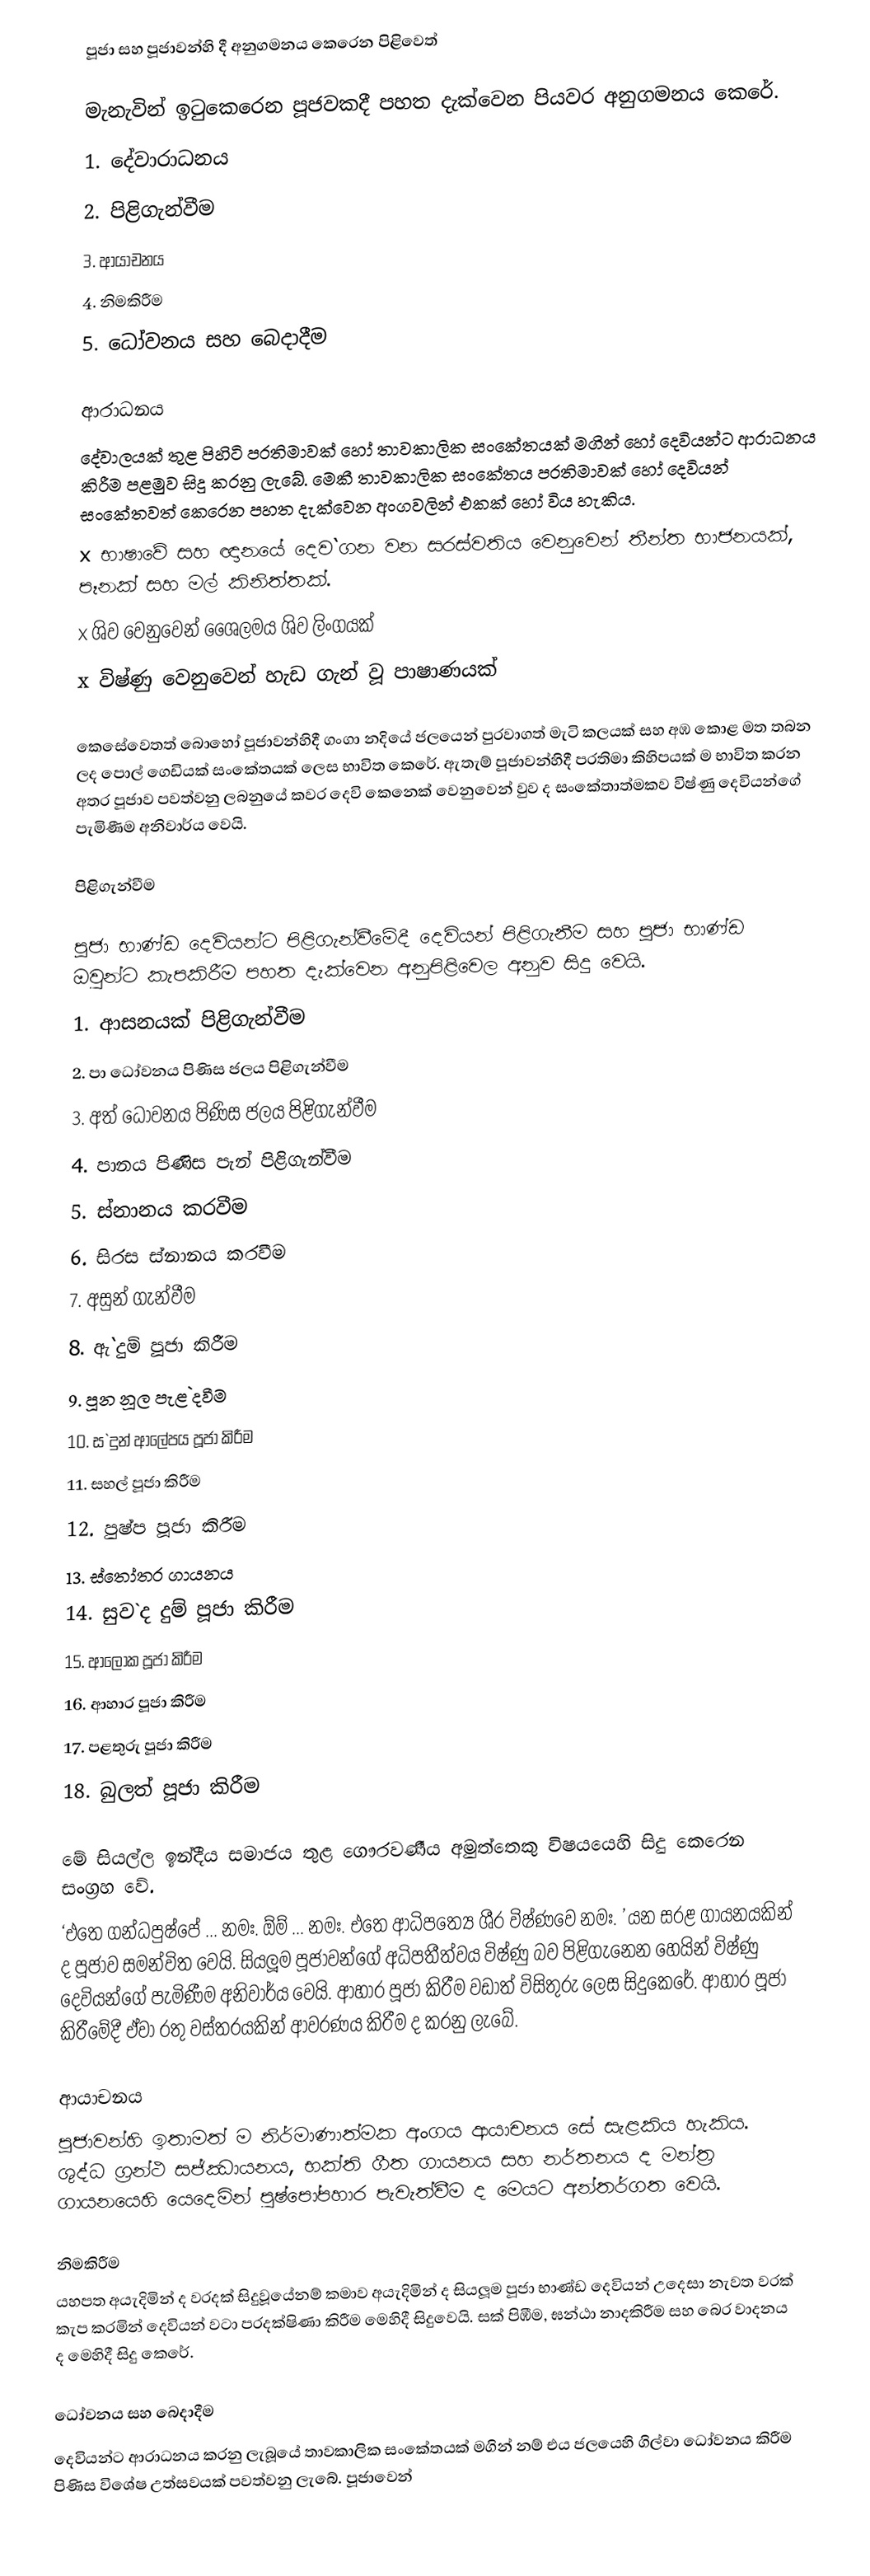
පූජා සහ පූජාවන්හි දී අනුගමනය කෙරෙන පිළිවෙත්

මැනැවින් ඉටුකෙරෙන පූජවකදී පහත දැක්වෙන පියවර අනුගමනය කෙරේ.
  1. දේවාරාධනය
  2. පිළිගැන්වීම
  3. ආයාචනය
  4. නිමකිරීම
  5. ධෝවනය සහ බෙදාදීම

ආරාධනය
දේවාලයක් තුළ පිහිටි  ප‍්‍රතිමාවක් හෝ තාවකාලික සංකේතයක් මගින් හෝ දෙවියන්ට ආරාධනය කිරීම පළමුව සිදු කරනු ලැබේ. මෙකී තාවකාලික සංකේතය ප‍්‍රතිමාවක් හෝ දෙවියන් සංකේතවත් කෙරෙන පහත දැක්වෙන අංගවලින් එකක් හෝ විය හැකිය.
x	භාෂාවේ සහ ඥානයේ දෙව`ගන වන සරස්වතිය වෙනුවෙන් තීන්ත භාජනයක්, පෑනක් සහ මල් කිනිත්තක්.
x	ශිව වෙනුවෙන් ශෛලමය ශිව ලිංගයක්
x	විෂ්ණු වෙනුවෙන් හැඩ ගැන් වූ පාෂාණයක්

කෙසේවෙතත් බොහෝ පූජාවන්හිදී ගංගා නදියේ ජලයෙන් පුරවාගත් මැටි කලයක් සහ අඹ කොළ මත තබන ලද පොල් ගෙඩියක් සංකේතයක් ලෙස භාවිත කෙරේ. ඇතැම් පූජාවන්හිදී ප‍්‍රතිමා කිහිපයක් ම භාවිත කරන අතර පූජාව පවත්වනු ලබනුයේ කවර දෙවි කෙනෙක් වෙනුවෙන් වුව ද සංකේතාත්මකව විෂ්ණු දෙවියන්ගේ පැමිණීම අනිවාර්ය වෙයි.

පිළිගැන්වීම

පූජා භාණ්ඩ දෙවියන්ට පිළිගැන්වීමේදී දෙවියන් පිළිගැනීම සහ පූජා භාණ්ඩ ඔවුන්ට කැපකිරීම පහත දැක්වෙන අනුපිළිවෙල අනුව සිදු වෙයි.
  1.  ආසනයක් පිළිගැන්වීම
  2.  පා ධෝවනය පිණිස ජලය පිළිගැන්වීම
  3.  අත් ධෝවනය පිණිස ජලය පිළිගැන්වීම
  4.  පානය පිණිස පැන් පිළිගැන්වීම
  5.  ස්නානය කරවීම
  6.  සිරස ස්නානය කරවීම
  7.  අසුන් ගැන්වීම
  8.  ඇ`දුම් පූජා කිරීම
  9.  පූන නූල පැළ`දවීම
  10. ස`දුන් ආලේපය පූජා කිරීම
  11. සහල් පූජා කිරීම
  12. පුෂ්ප  පූජා කිරීම
  13. ස්තෝත‍්‍ර ගායනය
  14. සුව`ද දුම් පූජා කිරීම
  15. ආලෝක පූජා කිරීම
  16. ආහාර පූජා කිරීම
  17. පළතුරු පූජා කිරීම
  18. බුලත් පූජා කිරීම

මේ සියල්ල ඉන්දීය සමාජය තුළ ගෞරවණීය අමුත්තෙකු විෂයයෙහි සිදු කෙරෙන සංග‍්‍රහ වේ.
‘එතෙ ගන්ධපුෂ්පේ ... නමඃ.  ඕම් ... නමඃ. එතෙ ආධිපත්‍යෙ ශී‍්‍ර විෂ්ණවෙ නමඃ. ’ යන සරළ ගායනයකින් ද පූජාව සමන්විත වෙයි. සියලූම පූජාවන්ගේ අධිපතීත්වය විෂ්ණු බව පිළිගැනෙන හෙයින් විෂ්ණු දෙවියන්ගේ පැමිණීම අනිවාර්ය වෙයි. ආහාර පූජා කිරීම වඩාත් විසිතුරු ලෙස සිදුකෙරේ. ආහාර පූජා කිරීමේදී ඒවා රතු වස්ත‍්‍රයකින් ආවරණය කිරීම ද  කරනු ලැබේ.

ආයාචනය
පූජාවන්හි ඉතාමත් ම නිර්මාණාත්මක අංගය ආයාචනය සේ සැළකිය හැකිය. ශුද්ධ ග‍්‍රන්ථ සජ්ඣායනය, භක්ති ගීත ගායනය සහ නර්තනය ද මන්ත‍්‍ර ගායනයෙහි යෙදෙමින් පුෂ්පෝපහාර පැවැත්වීම ද මෙයට අන්තර්ගත වෙයි.

නිමකිරීම
යහපත අයැදිමින් ද වරදක් සිදුවූයේනම් කමාව අයැදිමින් ද සියලූම පූජා භාණ්ඩ දෙවියන් උදෙසා නැවත වරක් කැප කරමින් දෙවියන් වටා ප‍්‍රදක්ෂිණා කිරීම මෙහිදී සිදුවෙයි. සක් පිඹීම, ඝන්ඨා නාදකිරීම සහ බෙර වාදනය ද මෙහිදී සිදු කෙරේ.

ධෝවනය සහ බෙදාදීම
දෙවියන්ට ආරාධනය කරනු ලැබූයේ තාවකාලික සංකේතයක් මගින් නම් එය ජලයෙහි ගිල්වා ධෝවනය කිරීම පිණිස විශේෂ උත්සවයක් පවත්වනු ලැබේ. පූජාවෙන්